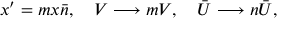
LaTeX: x ^ { \prime } = m x \bar { n } , ~ ~ ~ V \longrightarrow m V , ~ ~ ~ \bar { U } \longrightarrow n \bar { U } ,